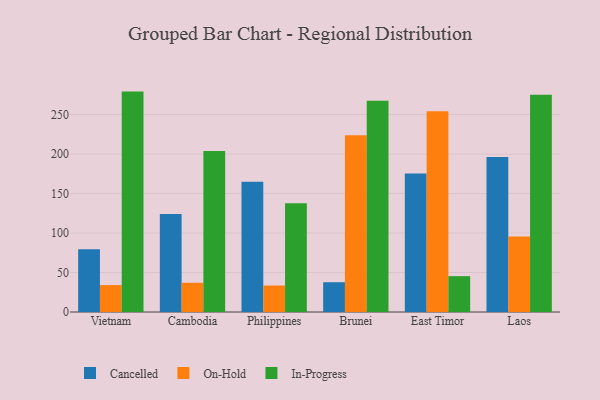
{"axis": {"x": "Country", "y": "Backlog"}, "legend": ["Cancelled", "In-Progress", "On-Hold"], "data": [{"x": "Vietnam", "y": 79.3, "type": "Cancelled"}, {"x": "Vietnam", "y": 34.1, "type": "On-Hold"}, {"x": "Vietnam", "y": 279.0, "type": "In-Progress"}, {"x": "Cambodia", "y": 124.2, "type": "Cancelled"}, {"x": "Cambodia", "y": 37.0, "type": "On-Hold"}, {"x": "Cambodia", "y": 203.8, "type": "In-Progress"}, {"x": "Philippines", "y": 165.0, "type": "Cancelled"}, {"x": "Philippines", "y": 33.5, "type": "On-Hold"}, {"x": "Philippines", "y": 137.6, "type": "In-Progress"}, {"x": "Brunei", "y": 37.7, "type": "Cancelled"}, {"x": "Brunei", "y": 223.7, "type": "On-Hold"}, {"x": "Brunei", "y": 267.4, "type": "In-Progress"}, {"x": "East Timor", "y": 175.4, "type": "Cancelled"}, {"x": "East Timor", "y": 254.1, "type": "On-Hold"}, {"x": "East Timor", "y": 45.4, "type": "In-Progress"}, {"x": "Laos", "y": 196.3, "type": "Cancelled"}, {"x": "Laos", "y": 95.6, "type": "On-Hold"}, {"x": "Laos", "y": 275.0, "type": "In-Progress"}]}